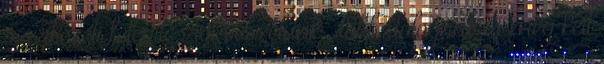
szerkezeti felépítésről beszélünk , több dolognak is meg kell